system: You are a helpful assistant.
user:
Analyze the provided spectrum to determine if it is a **S-type Star**.

- **Key Indicators for S-type Star:**

    - **(Overall Spectrum Shape):** The first and most obvious characteristic is the overall continuum (the "baseline" shape). It is **extremely "red-sloping,"** meaning the flux (light intensity) is very low on the left side (blue, ~4000-4500 Å) and rises steeply and continuously toward the right side (red, ~7000 Å+).

    - **(Primary):** The spectrum is defined by the presence of strong, broad molecular absorption "valleys" (bands) from **Zirconium Oxide (ZrO)**. The identification of these bands is the **primary requirement** for classifying a star as S-type.
        - **(Key Bandheads):** You must find distinct, deep "dips" where the light has been absorbed. The most critical band systems to locate are:
            - **~6474 Å** ($\gamma$-system): This is often the strongest and clearest ZrO feature, found in the red part of the spectrum.
            - **~5718 Å** & **~5551 Å** ($\beta$-system): A pair of prominent absorption features in the yellow-orange part of the spectrum.
            - **~4640 Å** ($\alpha$-system): A key absorption band system in the blue-green region of the spectrum.

    - **(Secondary Confirmation):** The classification is strengthened by finding additional absorption bands from other related heavy element oxides, which are expected to be present alongside ZrO.
        - **(Key Bandheads):**
            - **Yttrium Oxide (YO):** Look for absorption dips near **~4800 Å** and **~6100 Å**.
            - **Lanthanum Oxide (LaO):** Additional absorption features, particularly in the red-orange part of the spectrum, are also characteristic.

    - **(Line Profile):** The combination of the steep red continuum and these numerous, deep molecular bands (ZrO, YO, etc.) gives the entire spectrum a very **"chopped-up"** or **"bumpy"** appearance. Instead of a smooth curve, the spectrum looks as though large, wide chunks of light have been "carved out" of it at the specific wavelengths listed above.

Think first, call **spectral_visualization_tool** if needed to examine features in detail, then provide your final answer. Your response must adhere to the following strict rules:
1.  **Overall Structure:** Your response must follow the format `<think>...</think> <tool_call>...</tool_call> (if a tool is used) <answer>...</answer>`.
2.  **Tool Usage Constraint:** You may only make **one** tool call per turn.
3.  **Final Answer Format:** In the `<answer>` tag, your conclusion must be inside a `\boxed{}` command (e.g., `\boxed{YES}` or `\boxed{NO}`), followed by your justification.

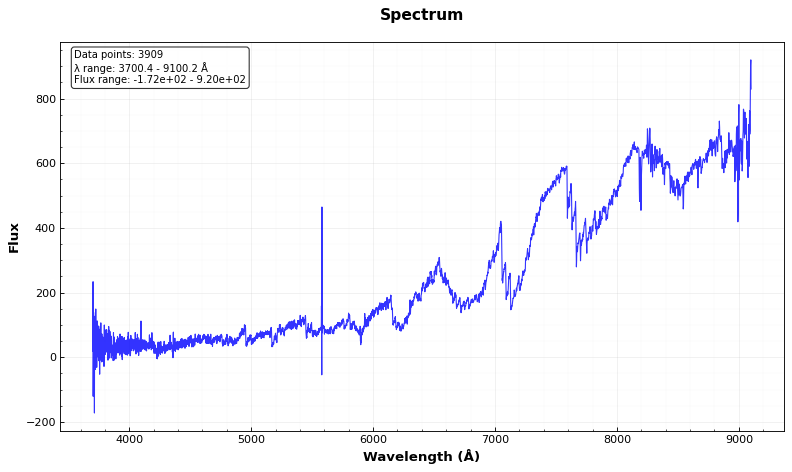
Answer: NO